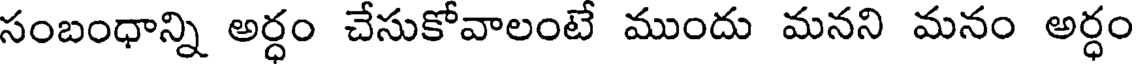
సంబంధాన్ని అర్ధం చేసుకోవాలంటే ముందు మనని మనం అర్ధం